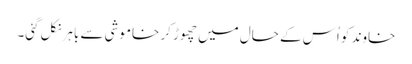
خاوند کو اُس کے حال میں چھوڑ کر خاموشی سے باہر نکل گئی۔